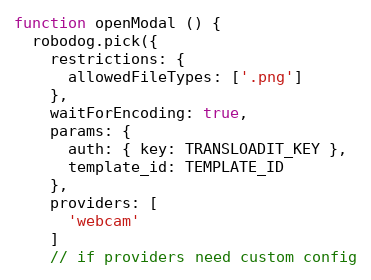
Language: JavaScript
function openModal () {
  robodog.pick({
    restrictions: {
      allowedFileTypes: ['.png']
    },
    waitForEncoding: true,
    params: {
      auth: { key: TRANSLOADIT_KEY },
      template_id: TEMPLATE_ID
    },
    providers: [
      'webcam'
    ]
    // if providers need custom config